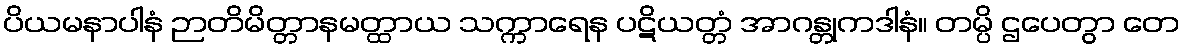
ပိယမနာပါနံ ဉာတိမိတ္တာနမတ္ထာယ သက္ကာရေန ပဋိယတ္တံ အာဂန္တုကဒါနံ။ တမ္ပိ ဌပေတွာ တေ